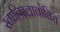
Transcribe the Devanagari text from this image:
स्तानिस्लावोविच